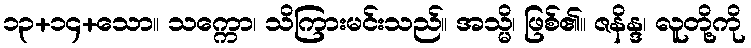
၁၃+၁၄+သော။ သက္ကော၊ သိကြားမင်းသည်။ အသ္မိ၊ ဖြစ်၏။ ဇနိန္ဒ၊ လူတို့ကို